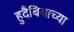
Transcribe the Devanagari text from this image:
हुदैबियाच्या